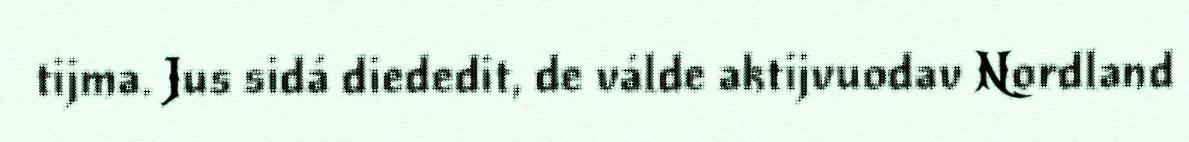
tijma. Jus sidá diededit, de válde aktijvuodav Nordland